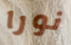
نورا